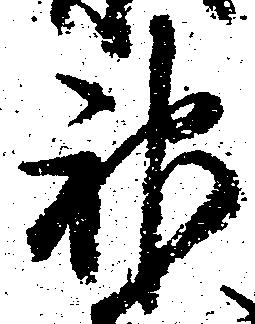
神